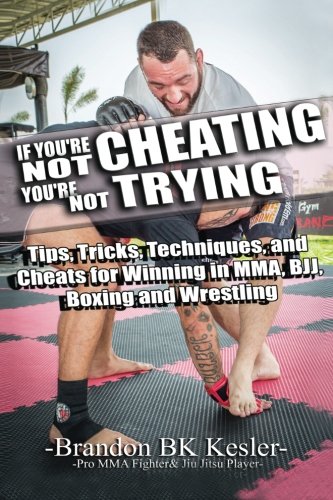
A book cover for If You're Not Cheating, You're Not Trying: Tips, Tricks, Techniques, and Cheats for Winning in MMA,   BJJ, Boxing and Wrestling (Brazilian Jiu Jitsu, ... Judo, Fighting, Combat Sports, Winning Guide); Brandon BK Kesler; Sports & Outdoors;